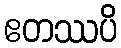
ဧတဿပိ